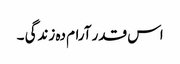
اس قدر آرام دہ زندگی ۔